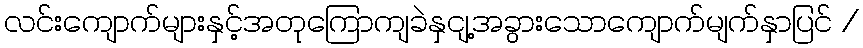
လင်းကျောက်များနှင့်အတုကြောကျခဲနှငျ့အခွားသောကျောက်မျက်နှာပြင် /